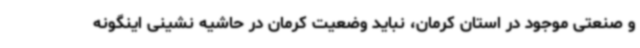
و صنعتی موجود در استان کرمان، نباید وضعیت کرمان در حاشیه نشینی اینگونه